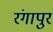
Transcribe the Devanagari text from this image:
रंगापुर